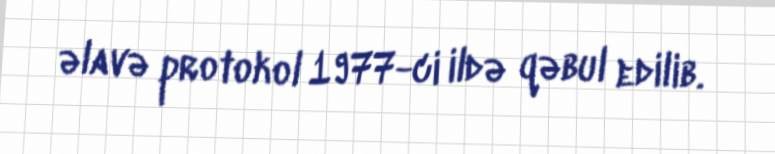
əlavə protokol 1977-ci ildə qəbul edilib.